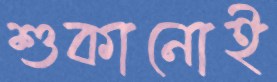
শুকানোই